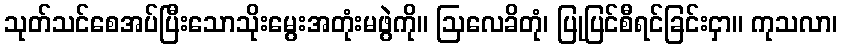
သုတ်သင်စေအပ်ပြီးသောသိုးမွေးအတုံးမဖွဲကို။ ဩလေခိတုံ၊ ပြုပြင်စီရင်ခြင်းငှာ။ ကုသလာ၊